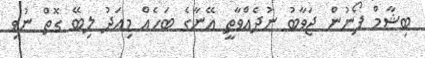
ބިޝާމް ފޯނުން ޖަވާބު ނުދެއްވާތީ އޭނާގެ ބަހެއް މިއަދު ލިބޭ ގޮތް ނުވި